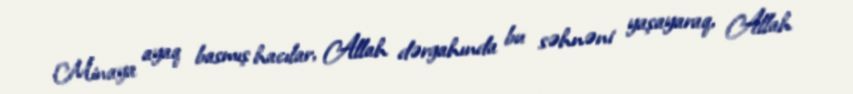
Minaya ayaq basmış hacılar, Allah dərgahında bu səhnəni yaşayaraq, Allah